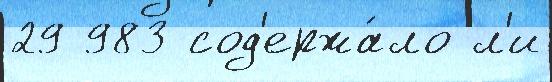
29 983 сод'ержа́ло л'и